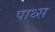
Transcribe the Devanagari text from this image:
पाथ्स